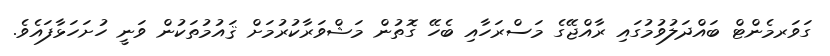
ގަވަރމެންޓް ބައްދަލުވުމުގައި ރާއްޖޭގެ މަސްރަހާއި ބެހޭ ގޮތުން މަޝްވަރާކުރުމަށް ޤައުމުތަކުން ވަނީ ހުށަހަޅާފައެވެ.